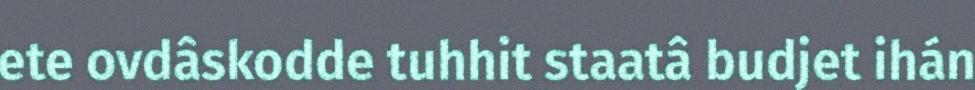
ete ovdâskodde tuhhit staatâ budjet ihán